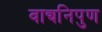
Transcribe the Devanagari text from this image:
वाद्यनिपुण